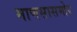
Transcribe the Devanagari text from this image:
माणसासमोर